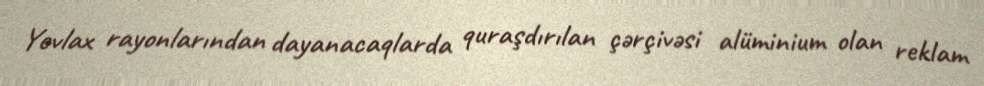
Yevlax rayonlarından dayanacaqlarda quraşdırılan çərçivəsi alüminium olan reklam